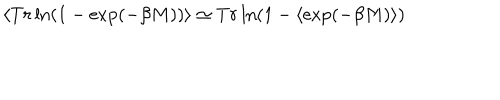
LaTeX: \langle T r \ln ( 1 - \exp ( - \beta M ) ) \rangle \simeq T r \ln ( 1 - \langle \exp ( - \beta M ) \rangle )